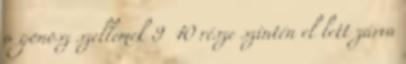
a gonosz szellemek 9 10 része szintén el lett zárva